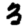
Digit: 3